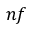
n f